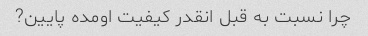
چرا نسبت به قبل انقدر کیفیت اومده پایین?